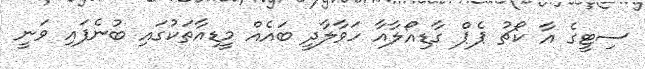
ސިޓީގެ އާ ކޯޗު ޕެޕް ގާޑިއޯލާއާ ހަވާލާދީ ބައެއް މީޑިއާތަކުގައި ބުނެފައި ވަނީ